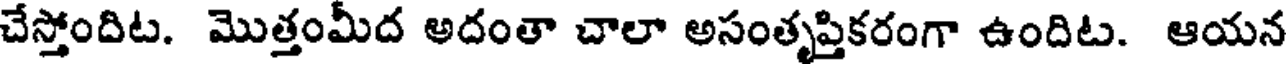
చేస్తోందిట. మొత్తంమీద అదంతా చాలా అసంతృప్తికరంగా ఉందిట. ఆయన